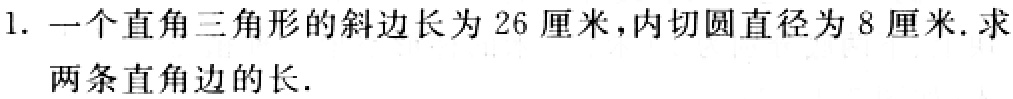
1. 一个直角三角形的斜边长为26厘米，内切圆直径为8厘米.求两条直角边的长.